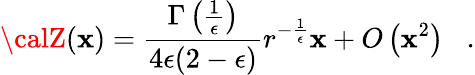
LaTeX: {\calZ}(\mathbf{x})={\frac{{\Gamma\left({\frac{{1}}{{\epsilon}}}\right)}}{{4\epsilon(2-\epsilon)}}}r^{-{\frac{{1}}{{\epsilon}}}}\mathbf{x}+O\left(\mathbf{x}^{2}\right)\; \; \; .